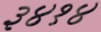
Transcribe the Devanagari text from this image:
३४१४